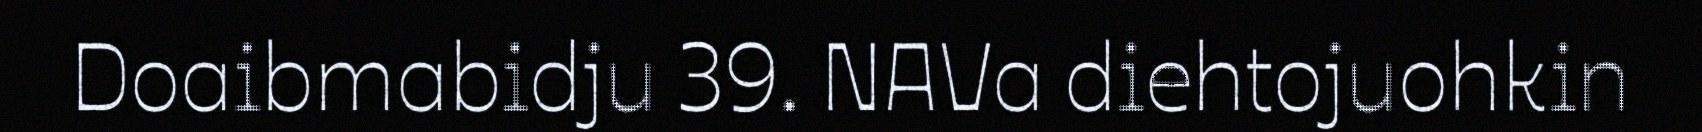
Doaibmabidju 39. NAVa diehtojuohkin